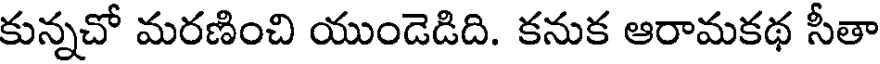
కున్నచో మరణించి యుండెడిది. కనుక ఆరామకథ సీతా